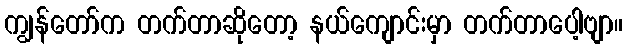
ကျွန်တော်က တက်တာဆိုတော့ နယ်ကျောင်းမှာ တက်တာပေါ့ဗျာ။